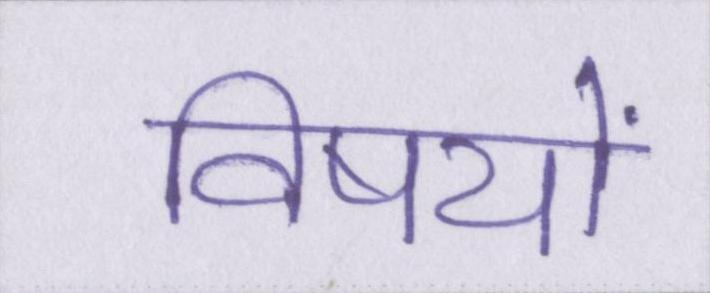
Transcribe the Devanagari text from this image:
विषयों